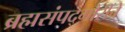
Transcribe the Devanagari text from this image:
ब्रह्मसंपद्गौरींचे